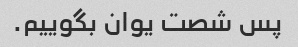
پس شصت یوان بگوییم.